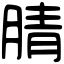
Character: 腈